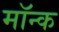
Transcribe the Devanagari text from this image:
मॉन्क